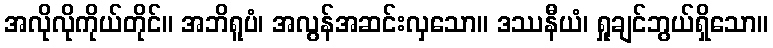
အလိုလိုကိုယ်တိုင်။ အဘိရူပံ၊ အလွန်အဆင်းလှသော။ ဒဿနီယံ၊ ရှုချင်ဘွယ်ရှိသော။